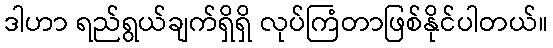
ဒါဟာ ရည်ရွယ်ချက်ရှိရှိ လုပ်ကြံတာဖြစ်နိုင်ပါတယ်။